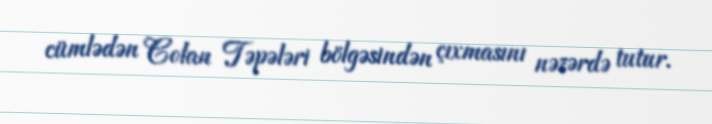
cümlədən Colan Təpələri bölgəsindən çıxmasını nəzərdə tutur.